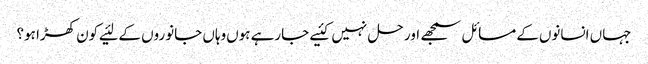
جہاں‌ انسانوں‌کے مسائل سمجھے اور حل نہیں‌کئیے جارہے ہوں‌وہاں‌ جانوروں‌ کے لئیے کون کھڑا ہو؟